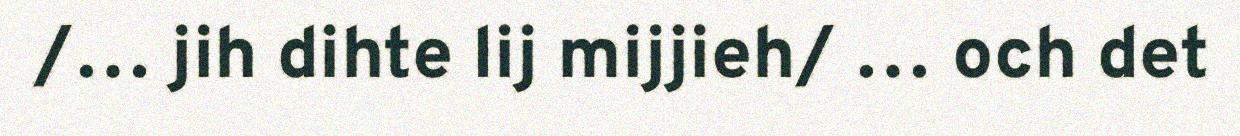
/… jih dihte lij mijjieh/ … och det